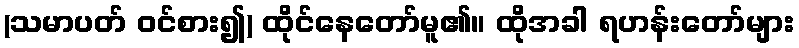
(သမာပတ် ဝင်စား၍) ထိုင်နေတော်မူ၏။ ထိုအခါ ရဟန်းတော်များ